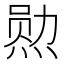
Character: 𮳯